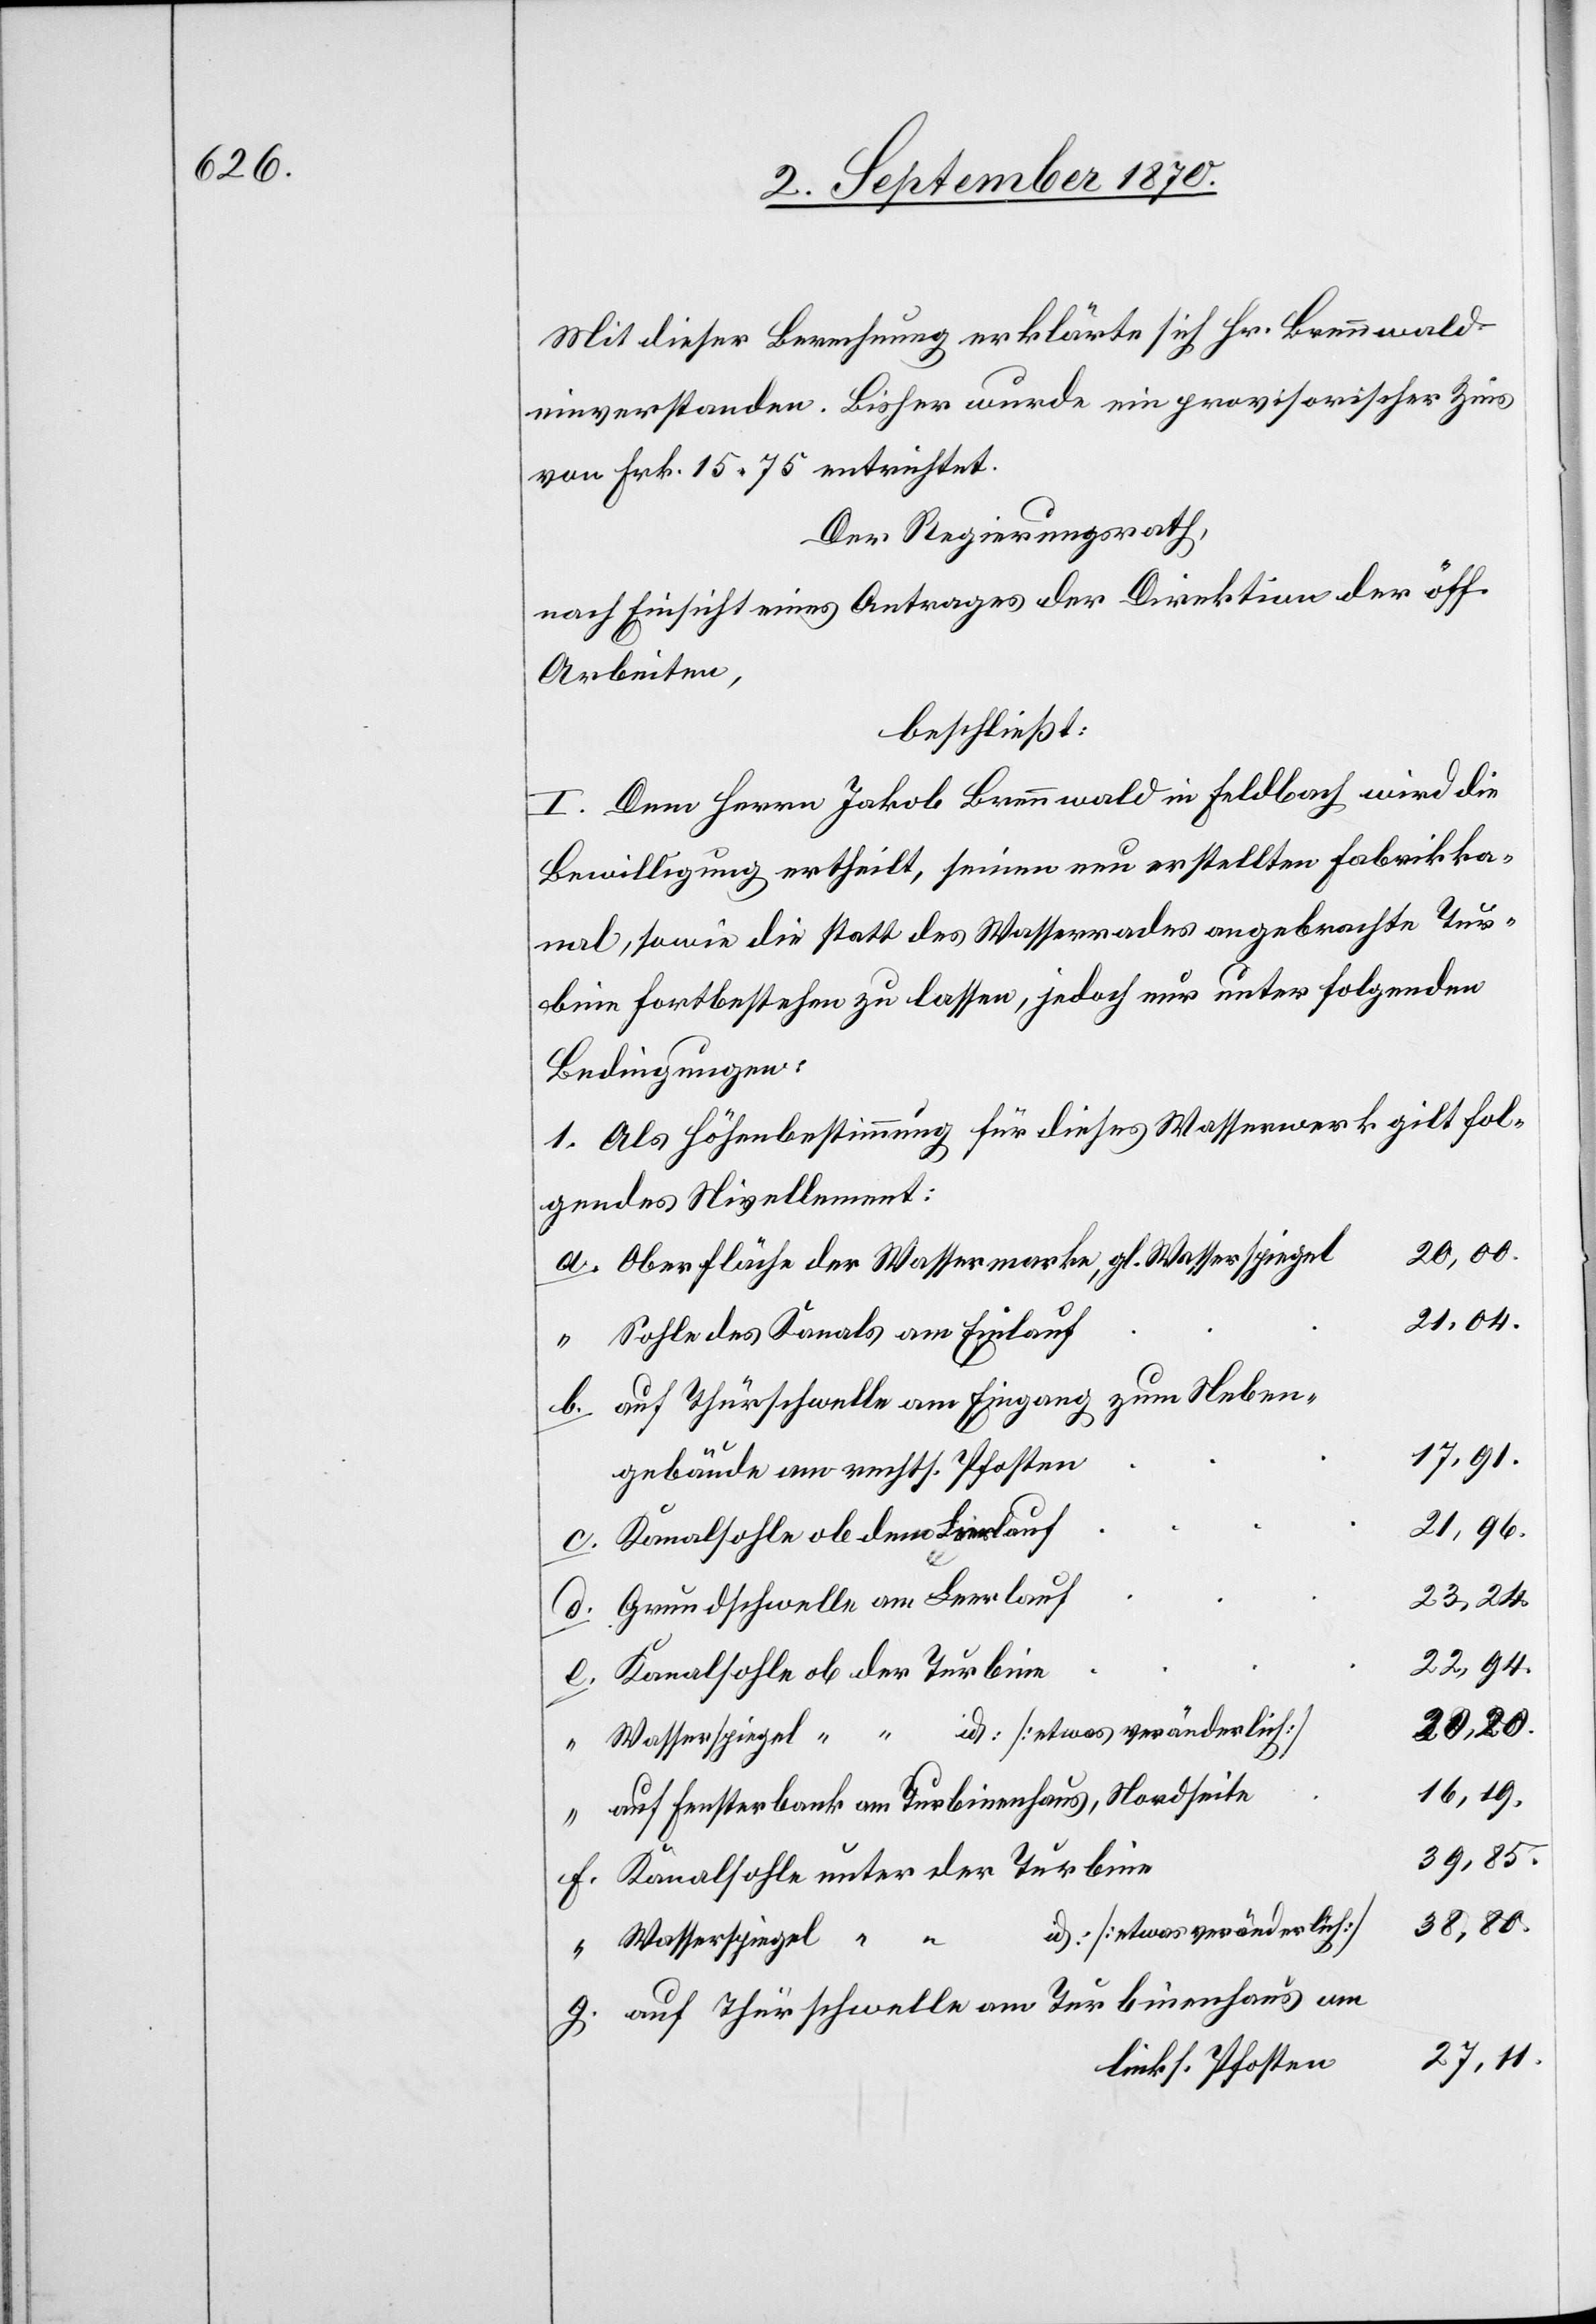
Mit dieser Berechnung erklärte sich Hr. Brennwald
einverstanden. Bisher wurde ein provisorischer Zins
von Frk. 15.75 entrichtet.
Der Regierungsrath,
nach Einsicht eines Antrages der Direktion der öff.
Arbeiten,
beschließt:
I. Dem Herrn Jakob Brennwald in Feldbach wird die
Bewilligung ertheilt, seinen neu erstellten Fabrikka¬
nal, sowie die statt des Wasserrades angebrachte Tur¬
bine fortbestehen zu lassen, jedoch nur unter folgenden
Bedingungen:
1. Als Höhenbestimmung für dieses Wasserwerk gilt fol¬
gendes Nivellement:
20,00.
Oberfläche der Wassermarke, gl. Wasserspiegel
21,04.
Sohle des Kanals am Einlauf
zum Neben¬
auf Thürschwelle am Eingang
17,91.
gebäude am rechts. Pfosten
21,96.
Kanalsohle ob dem Leerlauf
23,24.
Grundschwelle am Leerlauf
22,94.
Kanalsohle ob der Turbine
20,20.
16,19.
auf Fensterbank am Turbinenhaus, Nordseite
39,85.
Kanalsohle unter der Turbine
38,80.
id. [etwas veränderlich]
Wasserspiegel “ “
auf Thürschwelle am Turbinenhaus am
27,11.
links. Pfosten